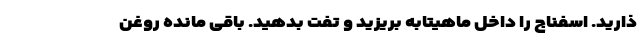
ذارید. اسفناج را داخل ماهیتابه بریزید و تفت بدهید. باقی مانده روغن